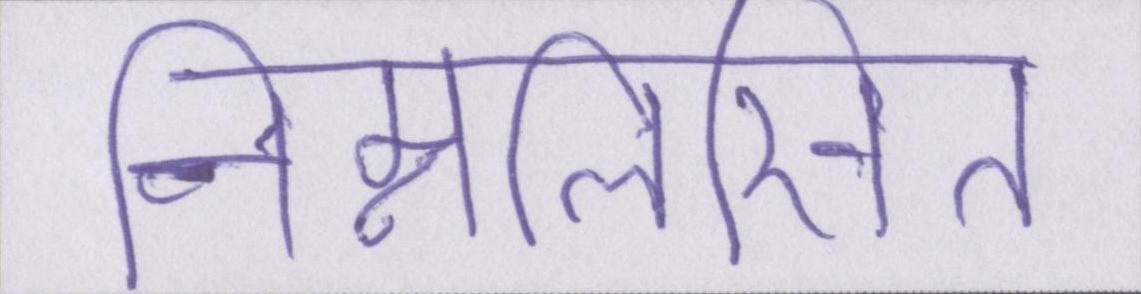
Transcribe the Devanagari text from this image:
निम्नलिखित